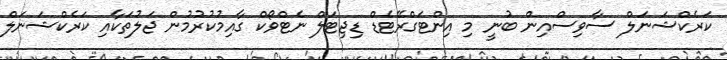
ކަރެކްޝަނަލް ސާވިސްއިން ބުނީ މި އިންޓަގްރޭޓެޑް ޑިޖިޓަލް ނެޓްވޯކް ގާއިމުކުރުމުން ޖަލުތަކާއި ކަރެކްޝަނަލް